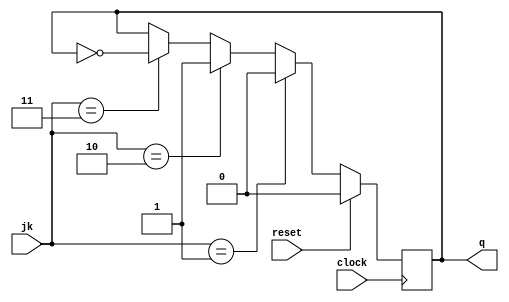
module jkff_posedge(jk,clock,reset,q);
input [1:0]jk;
input clock,reset;
output q;
reg q;
always @ (posedge clock)
begin
if(jk==1)
q=0;
else if(jk==2)
q=1;
else if(jk==3)
q=!q;

if(reset)
q=0;
end
endmodule